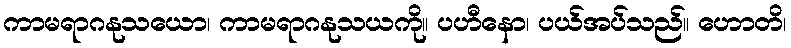
ကာမရာဂနုသယော၊ ကာမရာဂနုသယကို။ ပဟီနော၊ ပယ်အပ်သည်။ ဟောတိ၊